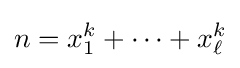
n=x_{1}^{k}+\cdots +x_{\ell }^{k}